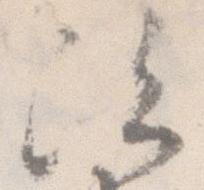
次